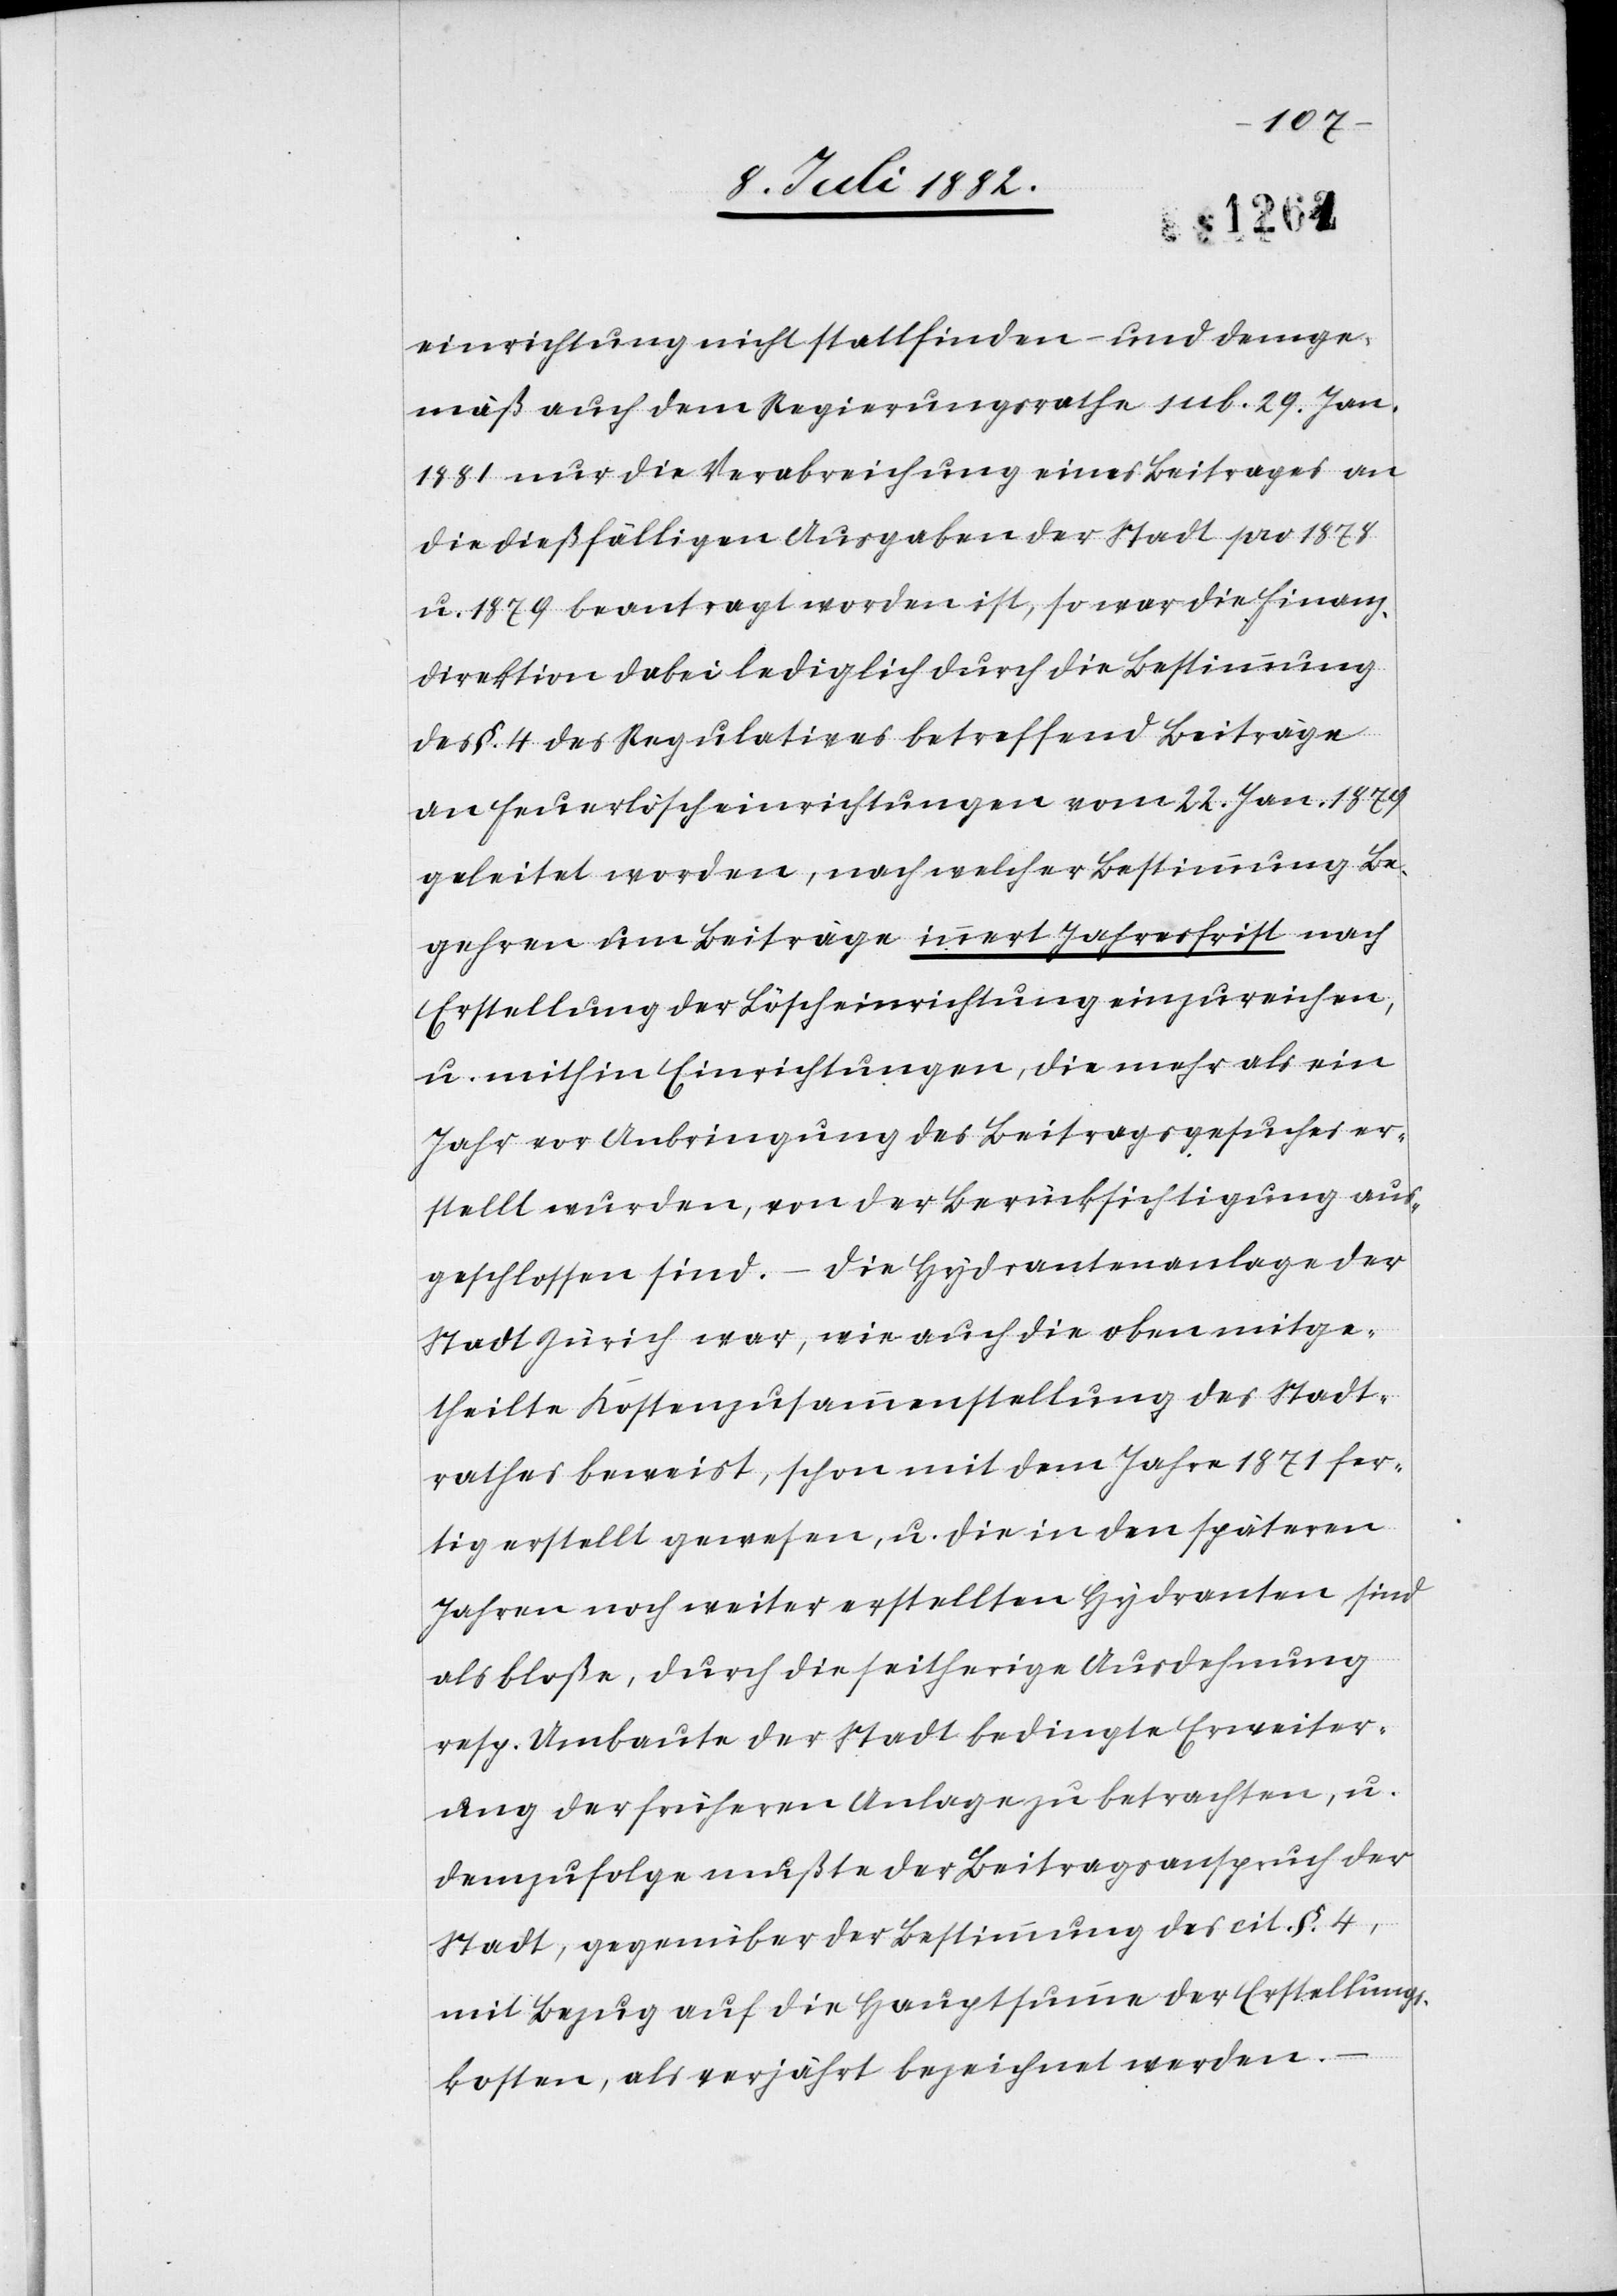
einrichtung nicht stattfinden – und demge¬
mäß auch dem Regierungsrathe sub. 29. Jan.
1881 nur die Verabreichung eines Beitrages an
die dießfälligen Ausgaben der Stadt pro 1878
u. 1879 beantragt worden ist, so war die Finanz¬
direktion dabei lediglich durch die Bestimmung
des §. 4 des Regulatives betreffend Beiträge
an Feuerlöscheinrichtungen vom 22. Jan. 1879
geleitet worden, nach welcher Bestimmung Be¬
gehren um Beiträge innert Jahresfrist nach
Erstellung der Löscheinrichtung einzureichen,
u. mithin Einrichtungen, die mehr als ein
Jahr vor Anbringung des Beitragsgesuches er¬
stellt wurden, von der Berücksichtigung aus¬
geschlossen sind. – Die Hydrantenanlage der
Stadt Zürich war, wie auch die oben mitge¬
theilte Kostenzusammenstellung des Stadt¬
rathes beweist, schon mit dem Jahre 1871 fer¬
tig erstellt gewesen, u. die in den spätern
Jahren noch weiter erstellten Hydranten sind
als bloße, durch die seitherige Ausdehnung
resp. Umbaute der Stadt bedingte Erweiter¬
ung der frühern Anlage zu betrachten, u.
demzufolge muß der Beitragsanspruch der
Stadt, gegenüber der Bestimmung des cit. §. 4,
mit Bezug auf die Hauptsumme der Erstellungs¬
kosten, als verjährt bezeichnet werden.